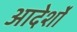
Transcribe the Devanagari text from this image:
आदेर्शों